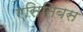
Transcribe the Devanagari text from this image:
एसिनिबस